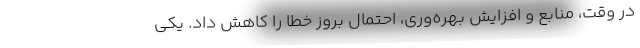
در وقت، منابع و افزایش بهره‌وری، احتمال بروز خطا را کاهش داد. یکی